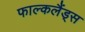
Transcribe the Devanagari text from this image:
फाल्कलैंड्स